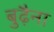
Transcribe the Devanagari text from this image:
बुढ़ैना